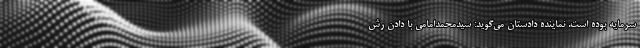
سرمایه بوده است. نماینده دادستان می‌گوید: سیدمحمدامامی با دادن رش